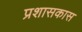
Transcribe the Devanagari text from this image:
प्रशासकास